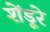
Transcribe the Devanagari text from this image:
शेंडूरे